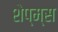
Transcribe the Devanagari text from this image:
शेप्म्स